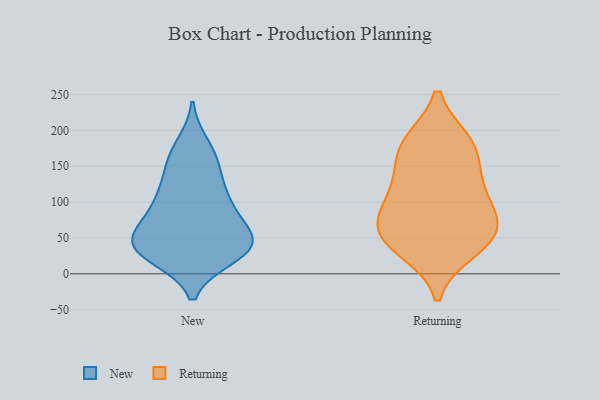
{"axis": {"x": "Active Users", "y": "Value"}, "legend": ["New", "Returning"], "data": [{"x": "", "y": 111, "type": "New"}, {"x": "", "y": 30, "type": "New"}, {"x": "", "y": 81, "type": "New"}, {"x": "", "y": 51, "type": "New"}, {"x": "", "y": 24, "type": "New"}, {"x": "", "y": 43, "type": "New"}, {"x": "", "y": 152, "type": "New"}, {"x": "", "y": 180, "type": "New"}, {"x": "", "y": 142, "type": "New"}, {"x": "", "y": 167, "type": "New"}, {"x": "", "y": 26, "type": "New"}, {"x": "", "y": 44, "type": "New"}, {"x": "", "y": 35, "type": "New"}, {"x": "", "y": 58, "type": "New"}, {"x": "", "y": 107, "type": "New"}, {"x": "", "y": 52, "type": "New"}, {"x": "", "y": 33, "type": "New"}, {"x": "", "y": 104, "type": "New"}, {"x": "", "y": 84, "type": "New"}, {"x": "", "y": 173, "type": "Returning"}, {"x": "", "y": 34, "type": "Returning"}, {"x": "", "y": 137, "type": "Returning"}, {"x": "", "y": 54, "type": "Returning"}, {"x": "", "y": 52, "type": "Returning"}, {"x": "", "y": 183, "type": "Returning"}, {"x": "", "y": 90, "type": "Returning"}, {"x": "", "y": 183, "type": "Returning"}, {"x": "", "y": 95, "type": "Returning"}, {"x": "", "y": 72, "type": "Returning"}, {"x": "", "y": 46, "type": "Returning"}, {"x": "", "y": 123, "type": "Returning"}]}